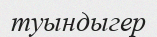
туындыгер